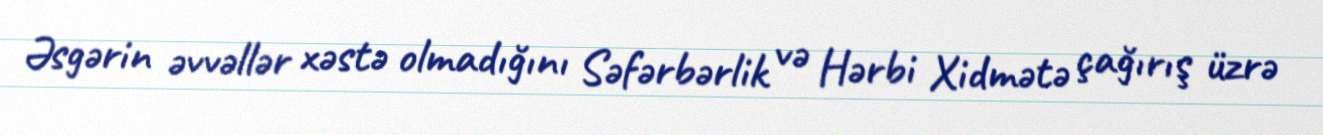
Əsgərin əvvəllər xəstə olmadığını Səfərbərlik və Hərbi Xidmətə çağırış üzrə